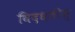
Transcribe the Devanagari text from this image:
विदधतीम्